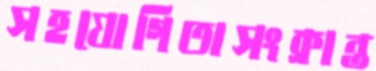
সহযোগিতাসংক্রান্ত